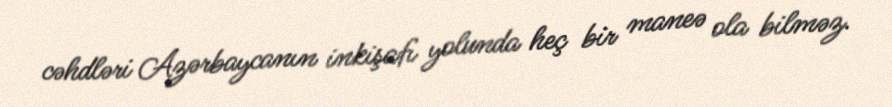
cəhdləri Azərbaycanın inkişafı yolunda heç bir maneə ola bilməz.